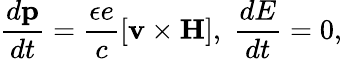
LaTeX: {\frac{d{\mathbf p}}{dt}}={\frac{\epsilon e}{c}}[{\mathbf v}\times{\mathbf H}],\; {\frac{dE}{dt}}=0,